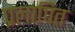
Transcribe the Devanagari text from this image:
प्रलापित